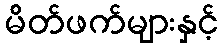
မိတ်ဖက်များနှင့်